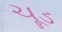
ચૂડ